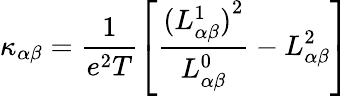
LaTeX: \kappa_{\alpha\beta}=\frac{1}{e^{2}T}\left[\frac{{(L_{\alpha\beta}^{1})}^{2}}{L_{\alpha\beta}^{0}}-L_{\alpha\beta}^{2}\right]